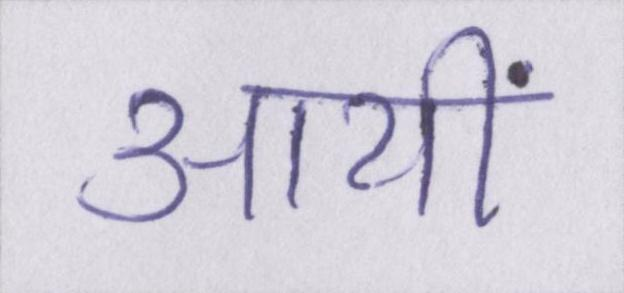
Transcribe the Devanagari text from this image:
आयीं